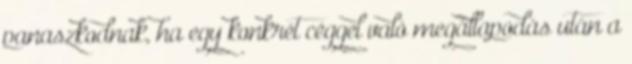
panaszkodnak, ha egy konkrét céggel való megállapodás után a